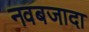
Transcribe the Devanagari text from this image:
नवबजादा